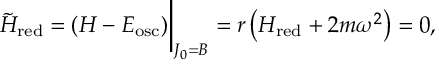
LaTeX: { \tilde { H } } _ { \mathrm { r e d } } = ( H - E _ { \mathrm { o s c } } ) \bigg \vert _ { J _ { 0 } = B } = r \left( H _ { \mathrm { r e d } } + 2 m \omega ^ { 2 } \right) = 0 ,